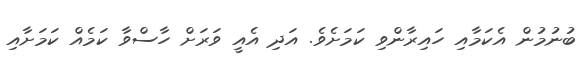
ބުނުމުން އެކަމާއި ހައިރާންވި ކަމަށެވެ. އަދި އެއީ ވަރަށް ހާސްވާ ކަމެއް ކަމަށާއި